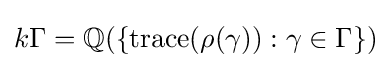
k\Gamma =\mathbb {Q} (\{\operatorname {trace} (\rho (\gamma )):\gamma \in \Gamma \})